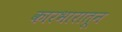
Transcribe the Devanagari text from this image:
कारभारातून